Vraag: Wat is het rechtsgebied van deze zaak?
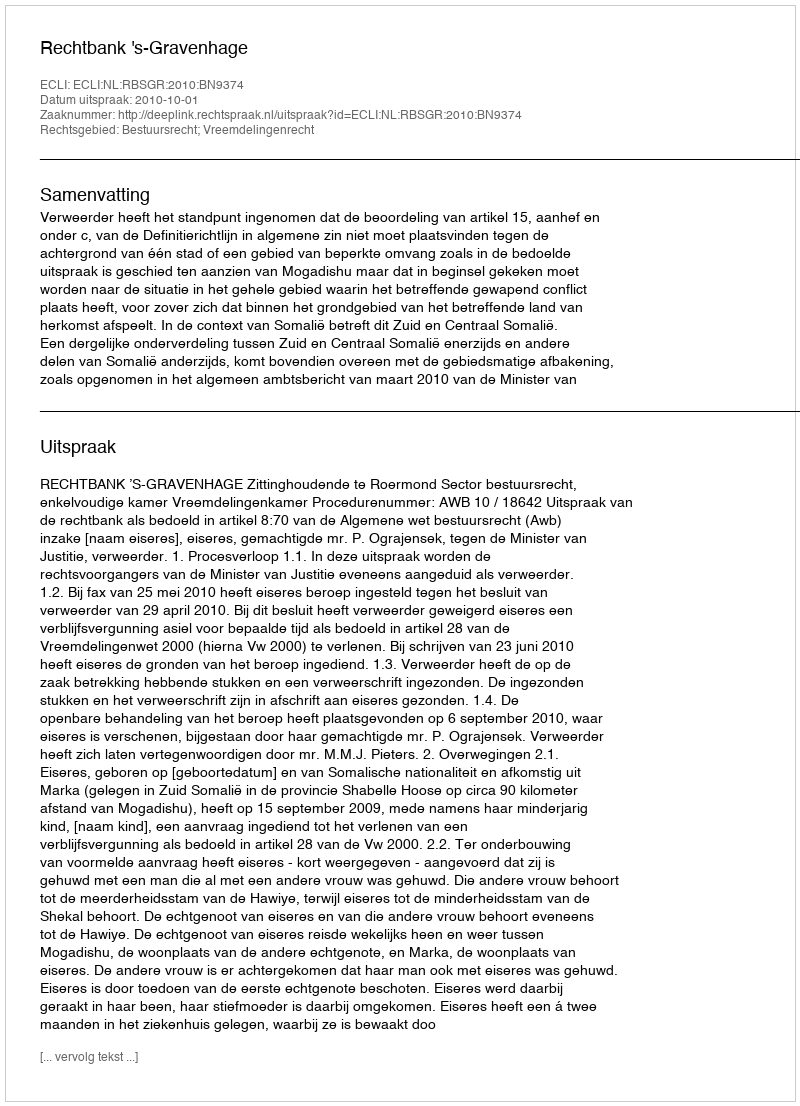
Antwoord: Bestuursrecht; Vreemdelingenrecht